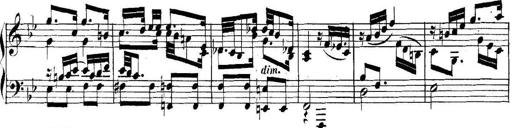
Title: Collected Piano Sonatas
Composer: Muzio Clementi